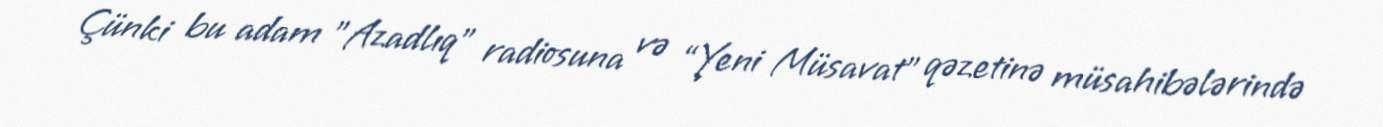
Çünki bu adam ”Azadlıq" radiosuna və “Yeni Müsavat” qəzetinə müsahibələrində